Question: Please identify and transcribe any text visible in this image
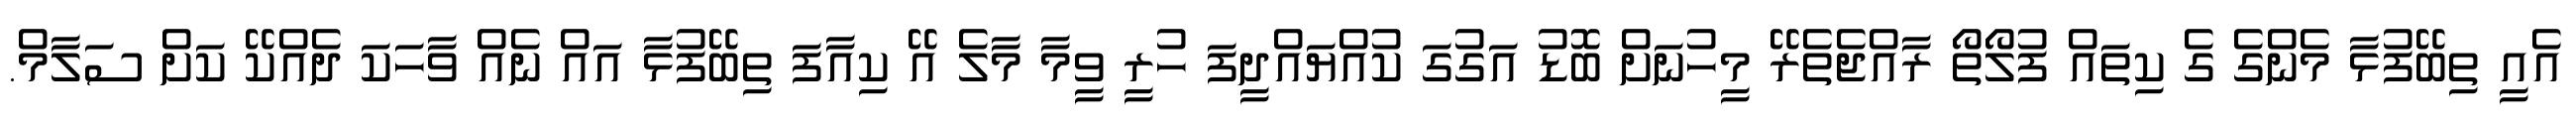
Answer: އެއީ ތިބޭފުޅާ މެންގެ ގެ ކިތައް ފުލޯތޯ ރާއްޖެތެރޭ މީހުނަށް ބޮޑު އަގުގަ ކުއްޔައްދީފަ ހުރީ ވީމާ މާލެ އޭ ކިއާފަ ތިބޭފުޅާ އައް ނެއް ވާހަކަ ދެއްކޭ ކަށް ސަލާމް.